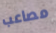
مصاعب